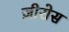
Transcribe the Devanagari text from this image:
ज़ीरोस